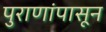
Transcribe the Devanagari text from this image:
पुराणांपासून